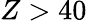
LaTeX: Z>40